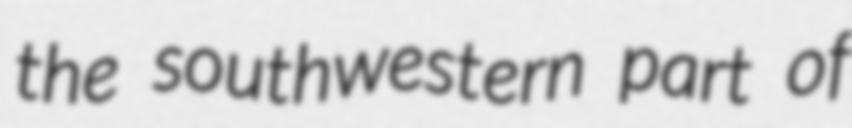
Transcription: the southwestern part of